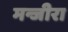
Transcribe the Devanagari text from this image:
मन्जीरा